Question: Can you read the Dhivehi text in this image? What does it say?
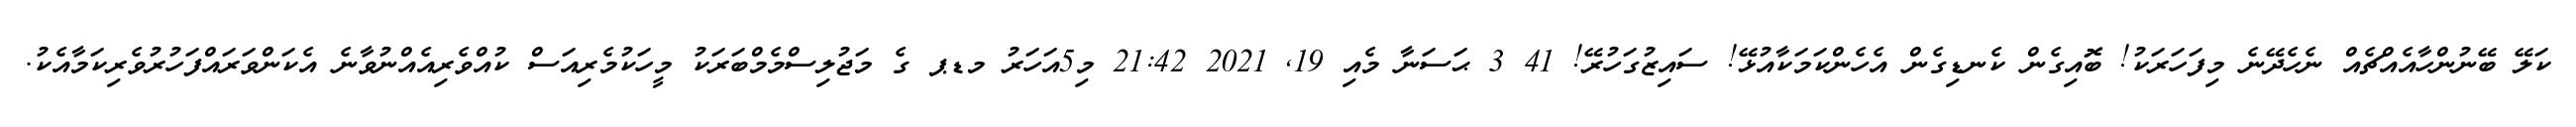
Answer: ކަލޭ ބޭނުންހާއެއްޗެއް ނެހެދޭނެ މިފަހަރަކު! ބޮއިގެން ކެނޑިގެން އެހެންކަމަކާއުޅޭ! ސައިޒުގަހުރޭ! 41 3 ޙަސަނާ މެއި 19, 2021 21:42 މި5އަހަރު މޑޕ ގެ މަޖުލިސްމެމްބަރަކު މީހަކުމެރިއަސް ކުއްވެރިއެއްނުވާނެ އެކަންވަރައްފަހުރުވެރިކަމާއެކު.